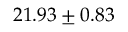
2 1 . 9 3 \pm 0 . 8 3